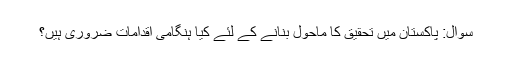
سوال: پاکستان میں تحقیق کا ماحول بنانے کے لئے کیا ہنگامی اقدامات ضروری ہیں؟